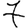
Digit: 7